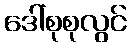
ဒေါ်စုစုလွင်